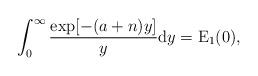
LaTeX: \begin{align*}\int_0^\infty\frac{\exp[-(a+n)y]}{y}\mathrm{d}y=\operatorname{E}_1(0),\end{align*}